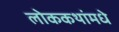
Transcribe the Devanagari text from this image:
लोककथांमधे